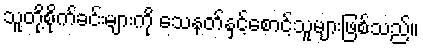
သူတို့စိုက်ခင်းများကို သေနတ်နှင့်စောင့်သူများဖြစ်သည်။